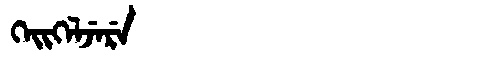
Manchu: ᡴᡝᡳᡴᡝᠯᠵᡝᡵᡝ
Romanization: KEIKELJERE